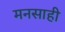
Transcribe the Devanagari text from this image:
मनसाही